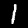
Digit: 1